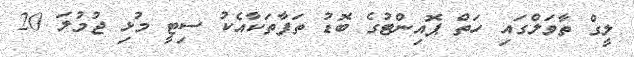
ލީގް ތާވަލްގައި ހަތް ޕޮއިންޓުގެ ބޮޑު ތަފާތަކާއެކު ސިޓީ މުޅި ޖުމުލަ 20